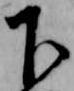
下